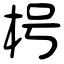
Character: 枵